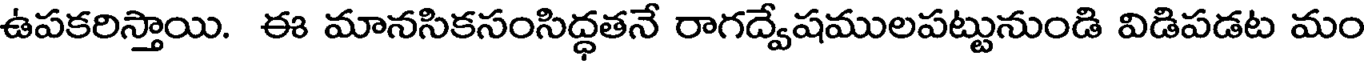
ఉపకరిస్తాయి. ఈ మానసికసంసిద్ధతనే రాగద్వేషములపట్టునుండి విడిపడట మం